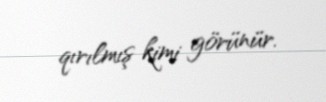
qırılmış kimi görünür.